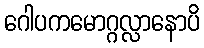
ဂေါပကမောဂ္ဂလ္လာနောပိ